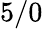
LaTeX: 5/0